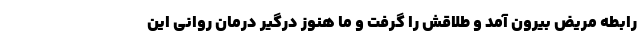
رابطه مریض بیرون آمد و طلاقش را گرفت و ما هنوز درگیر درمان روانی این